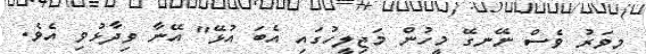
މިވަރު ވެސް ނޭނގޭ މީހުން މަޖިލީހުގައި އެބަ އުޅޭ" އޭނާ ވިދާޅުވި އެވެ.